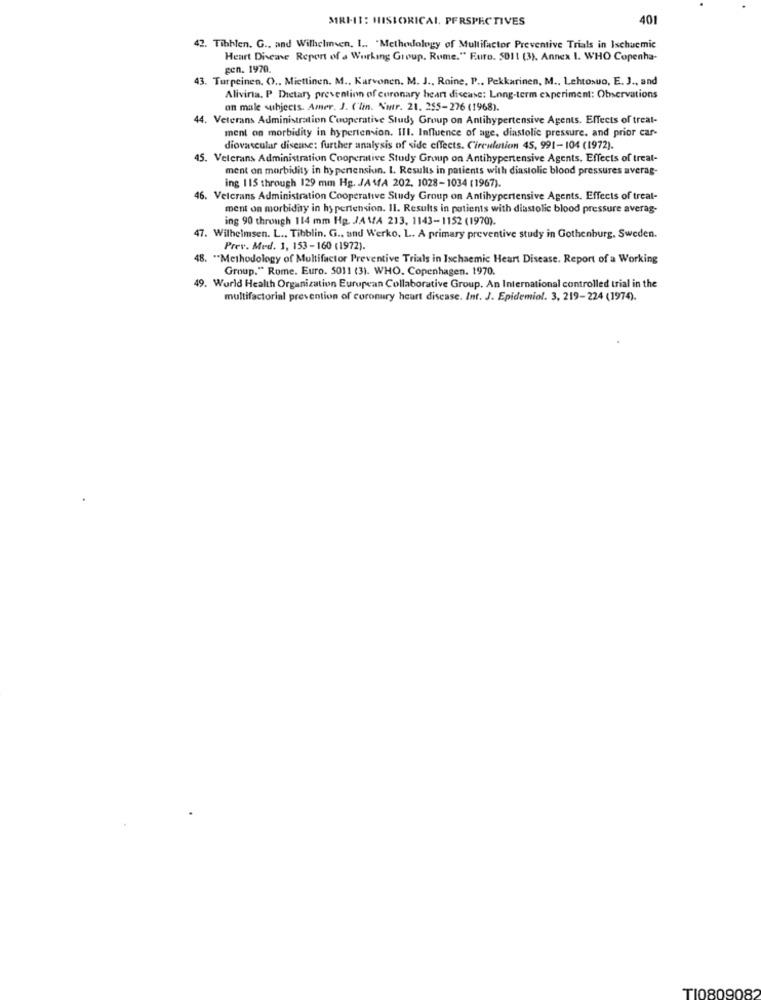
MRMI: HISTORICAL. PERSPECTIVES
401
42. Tibblen. G ., and Wilhelmsen, I .. "Methodology of Multifactor Preventive Trials in Ischucmic
Heart Disease Report of a Working Group. Rome." Furo. 5011 (3). Annex I. WHO Copenha-
gen. 1970.
43. Turpeinen. O .. Miettinen. M ., Karvonen. M. J ., Roine, P .. Pekkarinen, M ., Lehtosuo, E. J ., and
Aliviria. P. Dietary prevention of coronary heart disease: Long-term experiment: Observations
an male subjects. Amer. J. ('lin. Nutr. 21. 255-276 (1968).
44. Veterans Administration Cooperative Study Group on Antihypertensive Agents. Effects of treat-
ment on morbidity in hypertension. Ill. Influence of age, diastolic pressure. and prior car-
diovascular disease: further analysis of side effects. Circulentien 45, 991-104 (1972).
45. Veterans Administration Cooperative Study Group on Antihypertensive Agents. Effects of treat-
ment on morbidity in hypentension. I. Results in patients with diastolic blood pressures averag-
ing 115 through 129 mm Hg. JAMA 202. 1028-1034 (1967).
46. Veterans Administration Cooperative Study Group on Antihypertensive Agents. Effects of treat-
ment on morbiday in hypertension. II. Results in patients with diastolic blood pressure averas-
ing 90 through 114 mm Hg. JAVA 213, 1143-1152 (1970).
47. Wilhelmsen. L ., Tibblin. G ., and Werko. L. A primary preventive study in Gothenburg. Sweden.
Prev. Med. 1, 153-160 (1972).
48. "Methodology of Multifactor Preventive Trials in Ischaemic Heart Disease. Report of a Working
Group." Rome. Euro. 5011 (3). WHO. Copenhagen. 1970.
49. World Health Organization Eurupean Collaborative Group. An International controlled trial in the
multifactorial prevention of coronary heart disease. Int. J. Epidemiol. 3, 219-224 (1974).
TI0809082